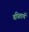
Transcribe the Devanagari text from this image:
बधितार्थ